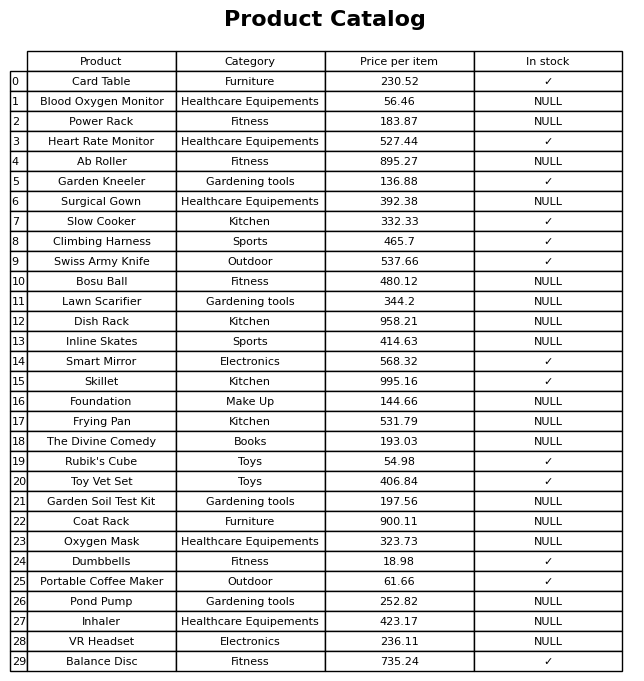
question: What is the price for Skillet?
answer: The price of Skillet is 995.16.